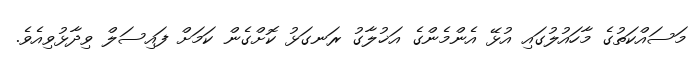
މަސައްކަތުގެ މާހައުލުގައި އުޅޭ އެންމެންގެ އަޚުލާގު ރަނގަޅު ކޮށްގެން ކަމަށް ފައިސަލް ވިދާޅުވިއެވެ.